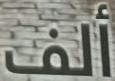
ألف